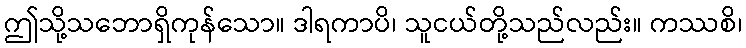
ဤသို့သဘောရှိကုန်သော။ ဒါရကာပိ၊ သူငယ်တို့သည်လည်း။ ကဿစိ၊